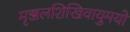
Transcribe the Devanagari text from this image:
मृञ्जलशिखिवायुमयो